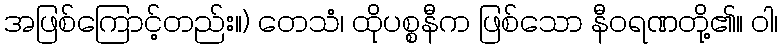
အဖြစ်ကြောင့်တည်း။) တေသံ၊ ထိုပစ္စနီက ဖြစ်သော နီဝရဏတို့၏။ ဝါ၊